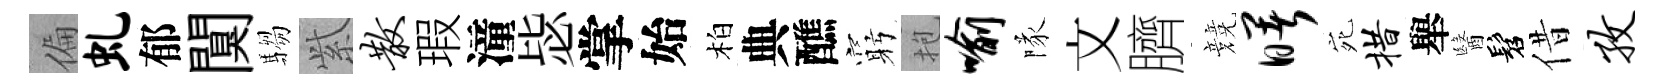
偏虬郁闃騶𬗋散瑕潼毖掌始柏典醮窮抱喻隊文臍競曙宛措舉醫髫借孜